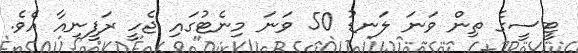
ޓީސީގެ ތިން ވަނަ ލަނޑު 50 ވަނަ މިނެޓުގައި ޖެހީ ރަފީނިއާ އެވެ.